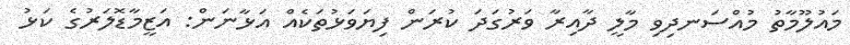
މައުލޫމާތު މުއްސަނދިވި މާލީ ދާއިރާ ވަރުގަދަ ކުރަން ފިޔަވަޅުތަކެއް އަޅާނަން: އަޒީމާޑޮލަރުގެ ކަޅު